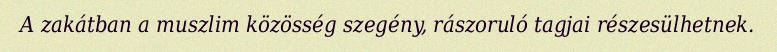
A zakátban a muszlim közösség szegény, rászoruló tagjai részesülhetnek.